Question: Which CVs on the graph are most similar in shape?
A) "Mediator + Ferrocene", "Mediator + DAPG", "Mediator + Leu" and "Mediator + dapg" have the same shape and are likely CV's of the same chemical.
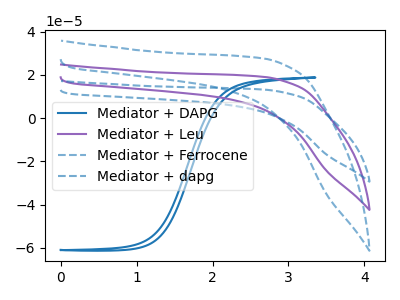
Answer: <think>The blue curve "Mediator + DAPG" has no peaks. The purple curve "Mediator + Leu" has no peaks. The blue dashed curve "Mediator + Ferrocene" has no peaks. The blue dashed curve "Mediator + dapg" has no peaks.
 Neither "Mediator + DAPG" or "Mediator + Leu" have any peaks. Neither "Mediator + DAPG" or "Mediator + Ferrocene" have any peaks. Neither "Mediator + DAPG" or "Mediator + dapg" have any peaks. Neither "Mediator + Leu" or "Mediator + Ferrocene" have any peaks. Neither "Mediator + Leu" or "Mediator + dapg" have any peaks. Neither "Mediator + Ferrocene" or "Mediator + dapg" have any peaks.</think>
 <answer>A) "Mediator + Ferrocene", "Mediator + DAPG", "Mediator + Leu" and "Mediator + dapg" have the same shape and are likely CV's of the same chemical.</answer>
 <eval>A</eval>